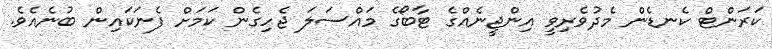
ކަރަންޓް ކެނޑެން މެދުވެރިވީ އިންޖީނެއްގެ ޓާބޯގެ މައްސަލަ ޖެހިގެން ކަމަށް ފެނަކައިން ބުނެއެވެ.